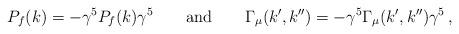
LaTeX: \begin{align*}P_f(k) = - \gamma^5 P_f(k) \gamma^5 \qquad {\rm and} \qquad \Gamma_\mu(k', k'') = - \gamma^5 \Gamma_\mu (k', k'') \gamma^5 \,, \end{align*}